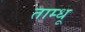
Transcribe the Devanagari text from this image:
ताम्धू